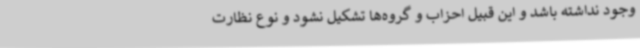
وجود نداشته باشد و این قبیل احزاب و گروه‌ها تشکیل نشود و نوع نظارت